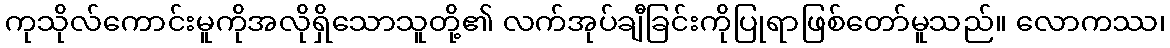
ကုသိုလ်ကောင်းမူကိုအလိုရှိသောသူတို့၏ လက်အုပ်ချီခြင်းကိုပြုရာဖြစ်တော်မူသည်။ လောကဿ၊